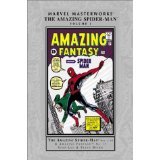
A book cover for The Amazing Spider-Man & Amazing Fantasy No.15; STAN LEE & STEVE DITKO; Comics & Graphic Novels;